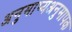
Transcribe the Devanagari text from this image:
अनुमाप्यअनुमापक